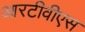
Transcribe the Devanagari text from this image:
आरटीवीएस